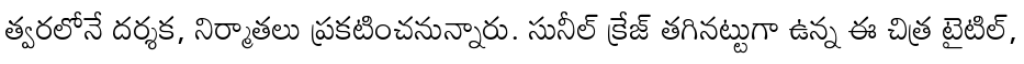
త్వరలోనే దర్శక, నిర్మాతలు ప్రకటించనున్నారు. సునీల్ క్రేజ్ తగినట్టుగా ఉన్న ఈ చిత్ర టైటిల్,